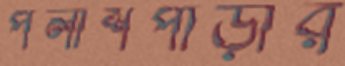
পলাশপাড়ার